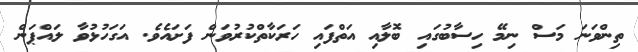
ތިންވަނަ މަސް ނިމޭ ހިސާބުގައި ބޮލާއި އަތްފައި ހަރަކާތްކުރުވަން ފަށައެވެ. އަގަހުޅުވާ ލައްޕަން